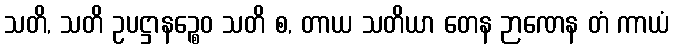
သတိ, သတိ ဥပဋ္ဌာနဉ္စေဝ သတိ စ, တာယ သတိယာ တေန ဉာဏေန တံ ကာယံ